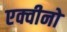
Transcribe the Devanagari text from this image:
एक्वीनो